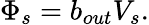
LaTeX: \Phi_{s}=b_{out}V_{s}.